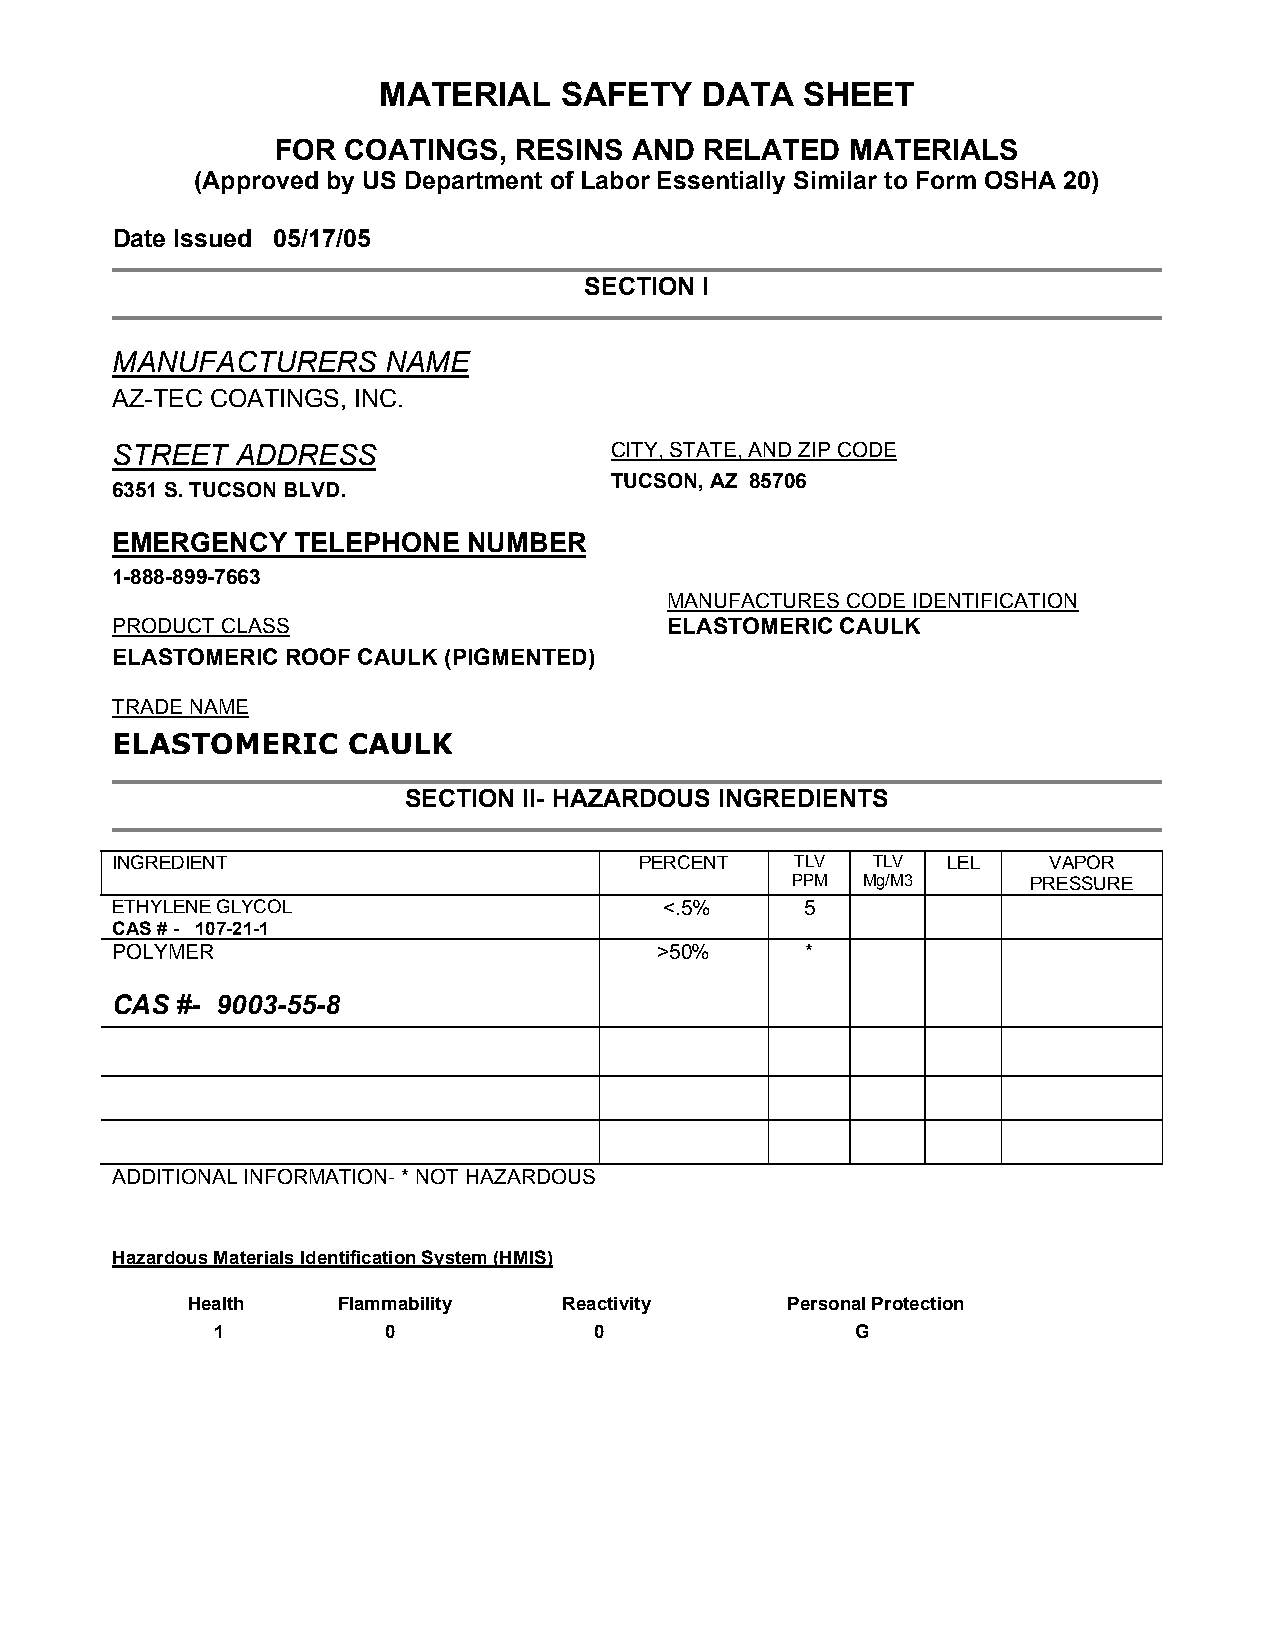
MATERIAL    SAFETY   DATA   SHEET
 FOR  COATINGS,  RESINS  AND  RELATED  MATERIALS
 (Approved by US Department of Labor Essentially Similar to Form OSHA 20)
 Date Issued 05/17/05
 SECTION I
 MANUFACTURERS     NAME
 AZ-TEC COATINGS, INC.
 STREET   ADDRESS                 CITY, STATE, AND ZIP CODE
 TUCSON, AZ 85706
 6351 S. TUCSON BLVD.
 EMERGENCY    TELEPHONE  NUMBER
 1-888-899-7663
 MANUFACTURES CODE IDENTIFICATION
 PRODUCT CLASS                        ELASTOMERIC CAULK
 ELASTOMERIC ROOF CAULK (PIGMENTED)
 TRADE NAME
 ELASTOMERIC     CAULK
 SECTION II- HAZARDOUS INGREDIENTS
 INGREDIENT                         PERCENT    TLV  TLV  LEL   VAPOR
 PPM  Mg/M3      PRESSURE
 ETHYLENE GLYCOL                      <.5%     5
 CAS # - 107-21-1
 POLYMER                             >50%      *
 CAS  #- 9003-55-8
 ADDITIONAL INFORMATION- * NOT HAZARDOUS
 Hazardous Materials Identification System (HMIS)
 Health    Flammability   Reactivity     Personal Protection
 1          0             0                 G